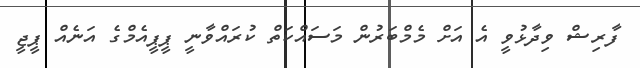
ފާރިޝް ވިދާޅުވީ އެ އަށް މެމްބަރުން މަސައްކަތް ކުރައްވާނީ ޕީޕީއެމްގެ އަނެއް ޕީޖީ